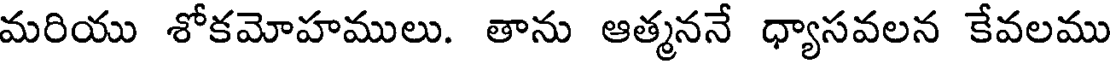
మరియు శోకమోహములు. తాను ఆత్మననే ధ్యాసవలన కేవలము